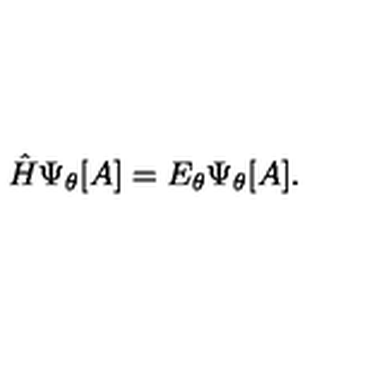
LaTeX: { \hat { H } } \Psi _ { \theta } [ A ] = E _ { \theta } \Psi _ { \theta } [ A ] .